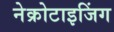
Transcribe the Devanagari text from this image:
नेक्रोटाइजिंग